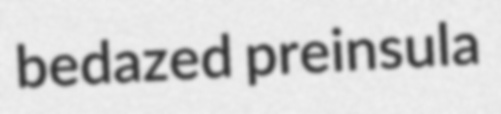
bedazed preinsula